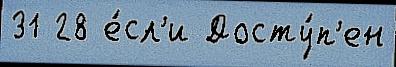
31 28 е́сл'и Досту́п'ен